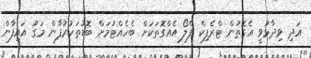
އަދި ވިދާޅުވީ އެގޮތުން ޓްރެފިކް ފްލޯ އެއްގޮތަކަށް ބެހެއްޓުމަށް ބޮޑުތަކުރުފާން މަގު އައިފާން